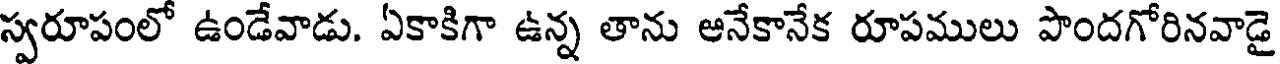
స్వరూపంలో ఉండేవాడు. ఏకాకిగా ఉన్న తాను ఆనేకానేక రూపములు పొందగోరినవాడై